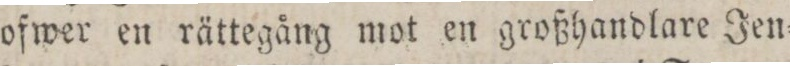
ofwer en rättegång mot en großhandlare Jen=